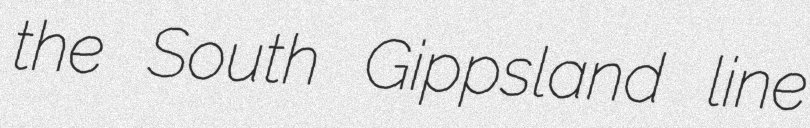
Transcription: the South Gippsland line